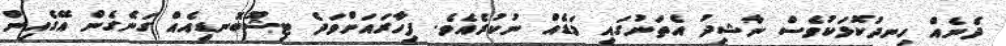
ދެނެއް ހިނދުކޮޅަކުވެސް ނާޝިދު އެތަނުގައި މަޑެއް ނުކުރެއެވެ. ފިހާރައަށްވަދެ ޓިޝޫބޮނޑިއެއް ގަނެގެން އޭގެއިން